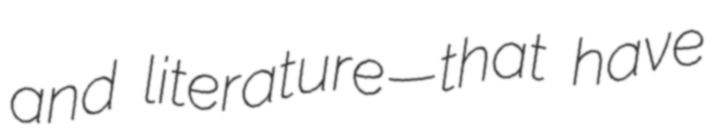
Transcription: and literature—that have